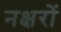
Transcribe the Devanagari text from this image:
नक्षरों